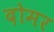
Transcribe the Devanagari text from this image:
दोमर